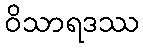
ဝိသာရဒဿ